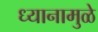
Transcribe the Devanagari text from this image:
ध्यानामुळे